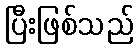
ပြီးဖြစ်သည်